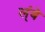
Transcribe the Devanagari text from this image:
ल्ंबे